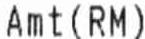
AMT(RM)